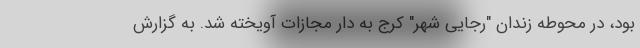
بود، در محوطه زندان "رجایی شهر" کرج به دار مجازات آویخته شد. به گزارش